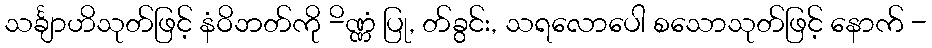
သင်္ချာဟိသုတ်ဖြင့် နံဝိဘတ်ကို -ိဏ္ဏံ ပြု, တ်ခွင်း, သရလောပေါ စသောသုတ်ဖြင့် နောက် -